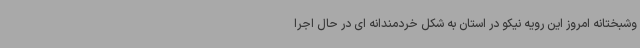
وشبختانه امروز این رویه نیکو در استان به شکل خردمندانه ای در حال اجرا